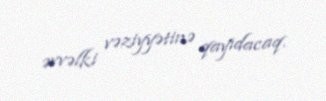
əvvəlki vəziyyətinə qayıdacaq.